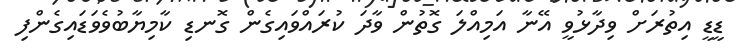
ޑީޑީ އިތުރަށް ވިދާޅުވީ އޭނާ އަމިއްލަ ގޮތުން ވާދަ ކުރައްވައިގެން ގޮނޑި ކާމިޔާބުވެވަޑައިގެންފި